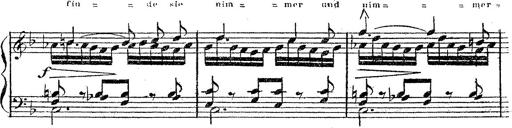
Title: 12 Lieder von Franz Schubert
Composer: Franz Liszt